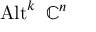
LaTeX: \operatorname { A l t } ^ { k } \ { \mathbb { C } } ^ { n }